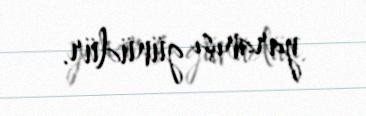
yaranışı günüdür.